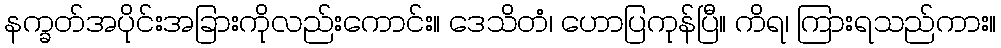
နက္ခတ်အပိုင်းအခြားကိုလည်းကောင်း။ ဒေသိတံ၊ ဟောပြကုန်ပြီ။ ကိရ၊ ကြားရသည်ကား။